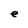
Character: e